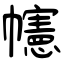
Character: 幰